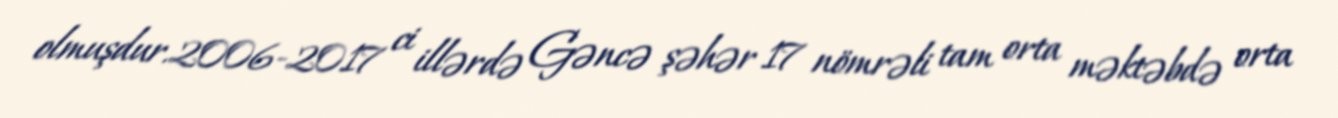
olmuşdur.2006-2017 ci illərdə Gəncə şəhər 17 nömrəli tam orta məktəbdə orta